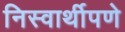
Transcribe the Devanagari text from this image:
निस्वार्थीपणे